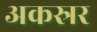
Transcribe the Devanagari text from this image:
अकस्रर